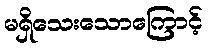
မရှိသေးသောကြောင့်